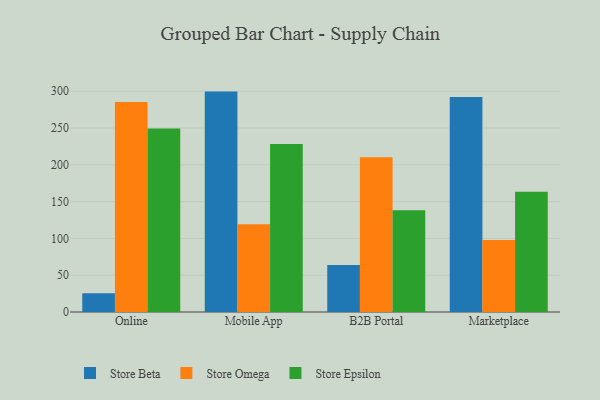
{"axis": {"x": "Channel", "y": "Website Visitors"}, "legend": ["Store Beta", "Store Epsilon", "Store Omega"], "data": [{"x": "Online", "y": 25.4, "type": "Store Beta"}, {"x": "Online", "y": 285.2, "type": "Store Omega"}, {"x": "Online", "y": 249.2, "type": "Store Epsilon"}, {"x": "Mobile App", "y": 299.5, "type": "Store Beta"}, {"x": "Mobile App", "y": 119.2, "type": "Store Omega"}, {"x": "Mobile App", "y": 228.2, "type": "Store Epsilon"}, {"x": "B2B Portal", "y": 63.8, "type": "Store Beta"}, {"x": "B2B Portal", "y": 210.2, "type": "Store Omega"}, {"x": "B2B Portal", "y": 138.2, "type": "Store Epsilon"}, {"x": "Marketplace", "y": 292.1, "type": "Store Beta"}, {"x": "Marketplace", "y": 98.0, "type": "Store Omega"}, {"x": "Marketplace", "y": 163.3, "type": "Store Epsilon"}]}